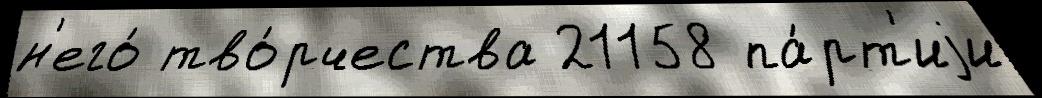
н'его́ тво́рчества 21158 па́рт'иjи